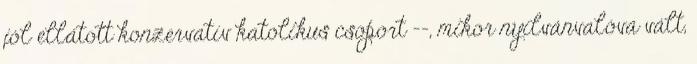
jól ellátott konzervatív katolikus csoport --, mikor nyilvánvalóvá vált,